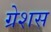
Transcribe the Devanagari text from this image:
ग्रेशस